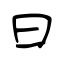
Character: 曰